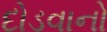
દોડવાનો